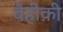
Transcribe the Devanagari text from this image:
बैहीक़ी